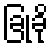
ခြုံခို